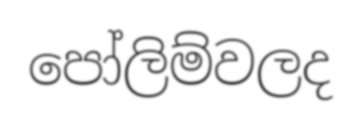
පෝලිම්වලද